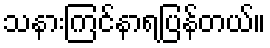
သနားကြင်နာရပြန်တယ်။